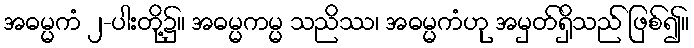
အဓမ္မကံ ၂-ပါးတို့၌။ အဓမ္မကမ္မ သညိဿ၊ အဓမ္မကံဟု အမှတ်ရှိသည် ဖြစ်၍။